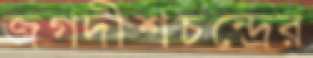
জগদীশচন্দ্রের